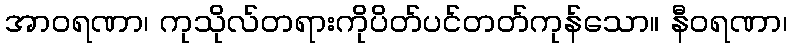
အာဝရဏာ၊ ကုသိုလ်တရားကိုပိတ်ပင်တတ်ကုန်သော။ နီဝရဏာ၊